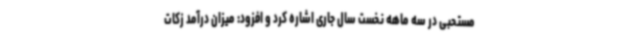
مستحبی در سه ماهه نخست سال جاری اشاره کرد و افزود: میزان درآمد زکات